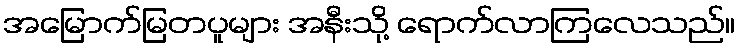
အမြောက်မြတပူများ အနီးသို့ ရောက်လာကြလေသည်။